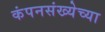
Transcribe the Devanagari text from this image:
कंपनसंख्येच्या